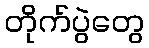
တိုက်ပွဲတွေ